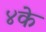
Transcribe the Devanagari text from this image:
४के